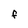
Character: F